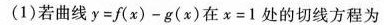
(1)若曲线$$y = f ( x ) - g ( x )$$ 在 $$x = 1$$处的切线方程为